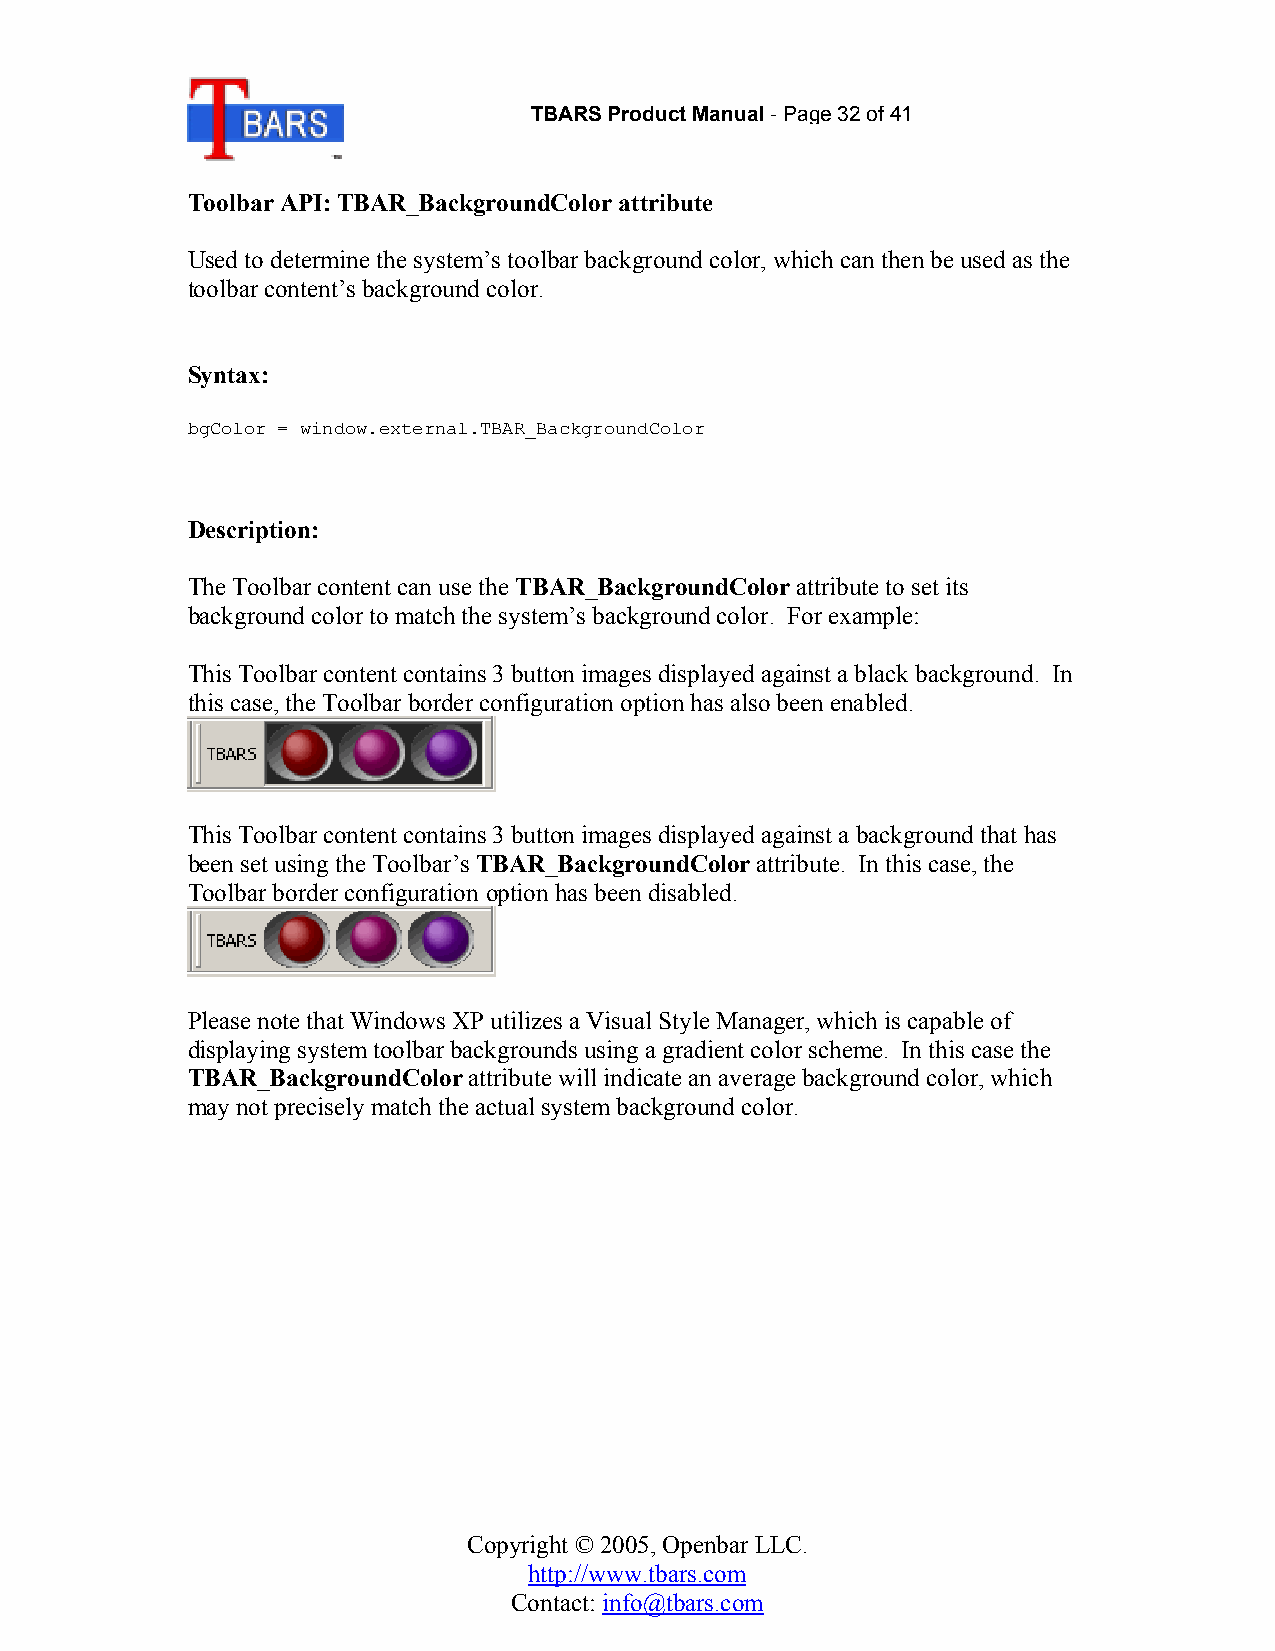
TBARS Product Manual-Page 32of 41
 Toolbar API: TBAR_BackgroundColor attribute
 Used to determine the system’s toolbar background color, which can then be used as the
 toolbar content’s background color.
 Syntax:
 bgColor = window.external.TBAR_BackgroundColor
 Description:
 The Toolbar content can use the TBAR_BackgroundColor attribute to set its
 background color to match the system’s background color. For example:
 This Toolbar content contains 3 button images displayed against a black background. In
 this case, the Toolbar border configuration option has also been enabled.
 This Toolbar content contains 3 button images displayed against a background that has
 been set using the Toolbar’s TBAR_BackgroundColor attribute. In this case, the
 Toolbar border configuration option has been disabled.
 Please note that Windows XP utilizes a Visual Style Manager, which is capable of
 displaying system toolbar backgrounds using a gradient color scheme. In this case the
 TBAR_BackgroundColor attribute will indicate an average background color, which
 may not precisely match the actual system background color.
 Copyright © 2005, Openbar LLC.
 http://www.tbars.com
 Contact: info@tbars.com